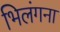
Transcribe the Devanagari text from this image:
भिलंगना